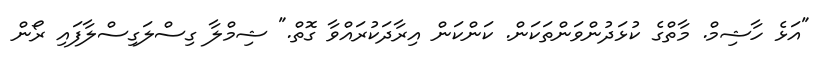
"އަޅެ ހާޝިމް. މާތްގެ ކުޅަދުންވަންތަކަން. ކަންކަން އިރާދަކުރައްވާ ގޮތް." ޝިމްލާ ގިސްލަގިސްލާފައި ރޯން